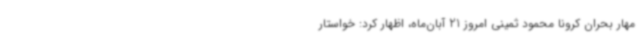
مهار بحران کرونا محمود ثمینی امروز 21 آبان‌ماه، اظهار کرد: خواستار